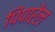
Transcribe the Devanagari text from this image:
पिंपारेल